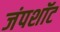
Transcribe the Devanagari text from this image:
जंपशॉट